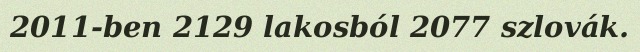
2011-ben 2129 lakosból 2077 szlovák.